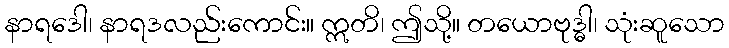
နာရဒေါ၊ နာရဒလည်းကောင်း။ ဣတိ၊ ဤသို့။ တယောဗုဒ္ဓါ၊ သုံးဆူသော